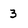
Character: 3